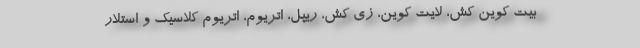
بیت‌ کوین کش، لایت‌ کوین، زی‌ کش، ریپل، اتریوم، اتریوم کلاسیک و استلار